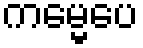
ကမ္မေပေ